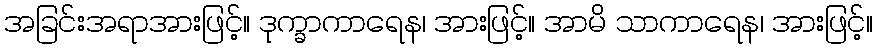
အခြင်းအရာအားဖြင့်။ ဒုက္ခာကာရေန၊ အားဖြင့်။ အာမိ သာကာရေန၊ အားဖြင့်။